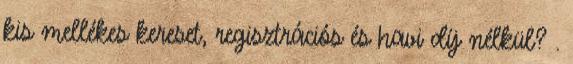
kis mellékes kereset, regisztrációs és havi díj nélkül? .